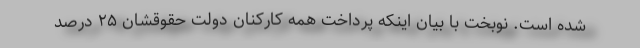
شده است. نوبخت با بیان اینکه پرداخت همه کارکنان دولت حقوقشان ۲۵ درصد